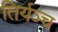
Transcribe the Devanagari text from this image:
तिर्यञ्च